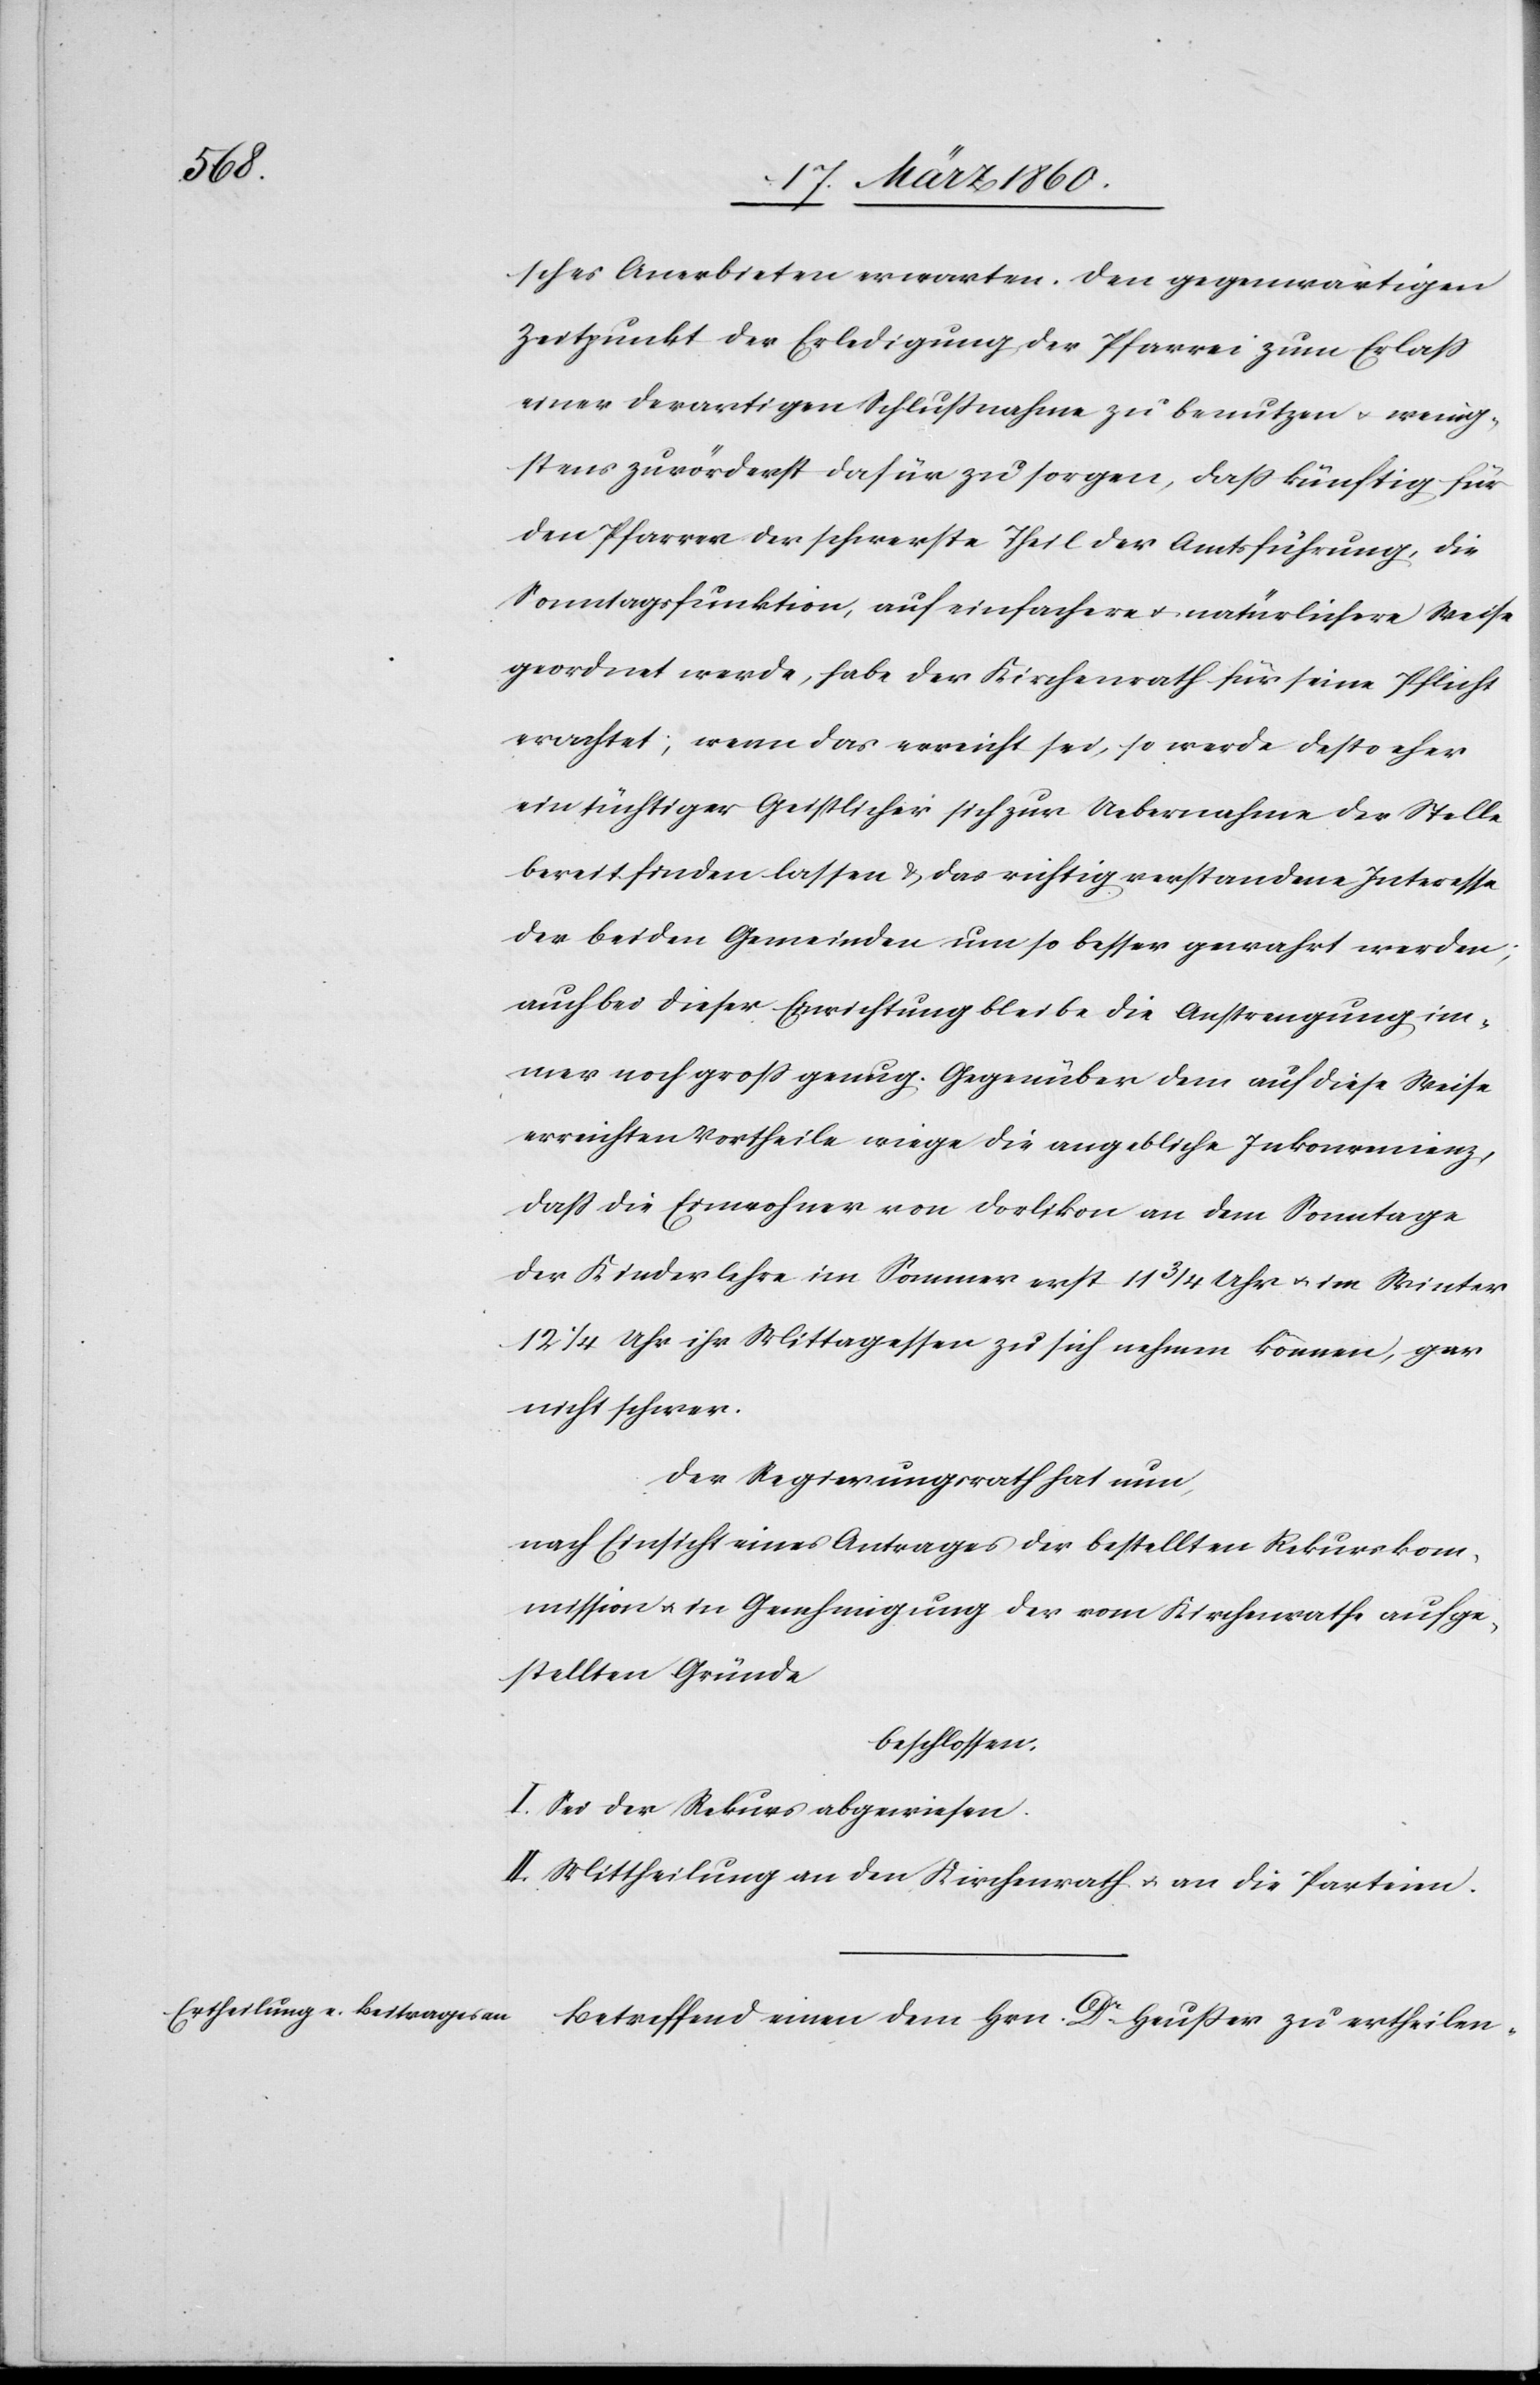
sches Anerbieten erwarten. Den gegenwärtigen
Zeitpunkt der Erledigung der Pfarrei zum Erlass
einer derartigen Schlussnahme zu benutzen u. wenig¬
stens zuvörderts dafür zu sorgen, dass künftig für
den Pfarrer der schwerste Theil der Amtsführung, die
Sonntagsfunktionen, auf einfachere u. natürlichere Weise
geordnet werde, habe der Kirchenrath für seine Pflicht
erachtet, wenn das erreicht sei, so werde desto eher
ein tüchtiger Geistlicher sich zur Uebernahme der Stelle
bereit finden lassen u. das richtig verstandene Interesse
der beiden Gemeinden um so besser gewahrt werden;
auch bei dieser Einrichtung bleibe die Anstrengung im¬
mer noch groß genug. Gegenüber dem auf diese Weise
erreichten Vortheile wiege die angebliche Inkonvenienz,
dass die Einwohner von Dorlikon an dem Sonntage
der Kinderlehre im Sommer erst 11 3/4 Uhr u. im Winter
12 1/4 Uhr ihr Mittagessen zu sich nehmen können, gar
nicht schwer.
Der Regierungsrath hat nun;
nach Einsicht eines Antrages der bestellten Rekurskom¬
mission u. in Genehmigung der vom Kirchenrathe aufge¬
stellten Gründe
beschlossen:
I. Sei der Rekurs abgewiesen.
II. Mittheilung an den Kirchenrath u. an die Parteien.
Betreffend einen dem Hrn. Dr Heusser zu ertheilen-